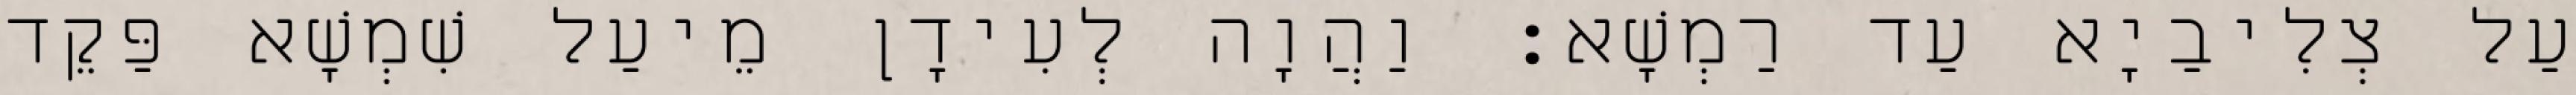
עַל צְלִיבַיָא עַד רַמְשָׁא׃ וַהֲוָה לְעִידָן מֵיעַל שִׁמְשָׁא פַּקֵד